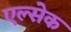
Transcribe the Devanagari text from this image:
एल्सेक